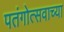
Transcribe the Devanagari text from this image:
पतंगोत्सवाच्या